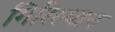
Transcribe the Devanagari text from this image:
गिरिस्थान